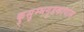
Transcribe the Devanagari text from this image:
कुसुम्भगुडकार्पास